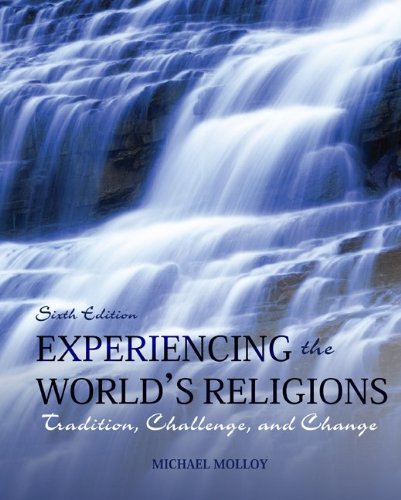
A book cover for Experiencing the World's Religions: Tradition, Challenge, and Change, 6th Edition; Michael Molloy; Religion & Spirituality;